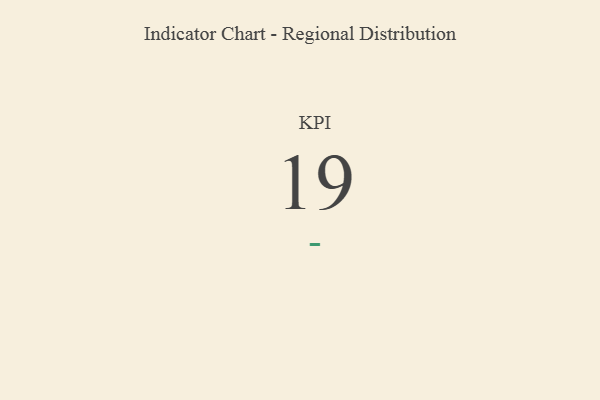
{"axis": {"x": "KPI", "y": "Value"}, "legend": [""], "data": [{"x": "KPI", "y": 19, "type": ""}]}